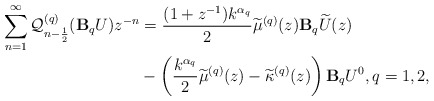
\begin{align*} \sum\limits_{n=1}^{\infty} \mathcal{Q}_{n-\frac{1}{2}}^{(q)}(\mathbf{B}_qU) z^{-n}& = \frac{(1+z^{-1})k^{\alpha_q}}{2} \widetilde{\mu}^{(q)}(z) \mathbf{B}_q\widetilde{U}(z) \\ & - \left(\frac{k^{\alpha_q} }{2} \widetilde{\mu}^{(q)}(z) - \widetilde{\kappa}^{(q)}(z) \right) \mathbf{B}_qU^0, q=1,2, \end{align*}